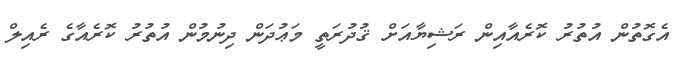
އެގޮތުން އުތުރު ކޮރެއާއިން ރަޝިޔާއަށް ޤުދުރަތީ މަޢުދަން ދިނުމުން އުތުރު ކޮރެއާގެ ރެއިލް